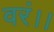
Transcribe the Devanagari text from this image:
वरं।।